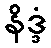
နိဒ္ဒံ